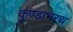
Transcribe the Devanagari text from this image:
कुण्डाभरथ